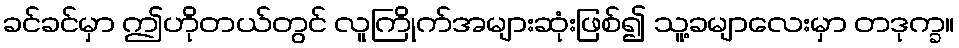
ခင်ခင်မှာ ဤဟိုတယ်တွင် လူကြိုက်အများဆုံးဖြစ်၍ သူ့ခမျာလေးမှာ တဒုက္ခ။